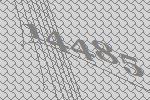
14485